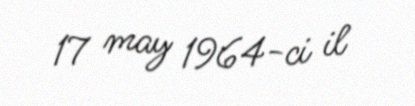
17 may 1964-ci il